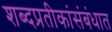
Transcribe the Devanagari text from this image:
शब्दप्रतीकांसंबंधात